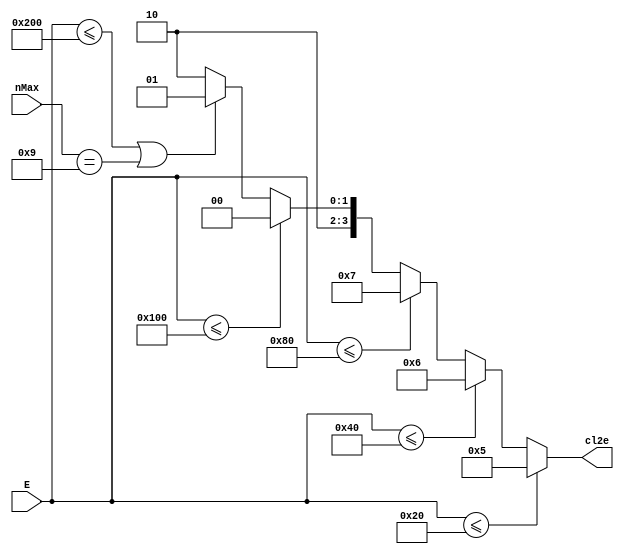
// -------------------------------------------------------------
// 
// 
// Generated by MATLAB 9.8 and HDL Coder 3.16
// 
// -------------------------------------------------------------


// -------------------------------------------------------------
// 
// Module: ceilLog2E
// Source Path: NRPolarEncodeHDL/HDL Algorithm/NR Polar Encoder/configure/order/ceilLog2E
// Hierarchy Level: 4
// 
// -------------------------------------------------------------

`timescale 1 ns / 1 ns

module ceilLog2E
          (E,
           nMax,
           cl2e);


  input   [16:0] E;  // ufix17
  input   [3:0] nMax;  // ufix4
  output  [3:0] cl2e;  // ufix4


  reg [3:0] cl2e_1;  // ufix4


  always @(E, nMax) begin
    if (E <= 17'b00000000000100000) begin
      //anything less than 5 will be set to 5 later
      cl2e_1 = 4'b0101;
    end
    else if (E <= 17'b00000000001000000) begin
      cl2e_1 = 4'b0110;
    end
    else if (E <= 17'b00000000010000000) begin
      cl2e_1 = 4'b0111;
    end
    else if (E <= 17'b00000000100000000) begin
      cl2e_1 = 4'b1000;
    end
    else if ((E <= 17'b00000001000000000) || (nMax == 4'b1001)) begin
      cl2e_1 = 4'b1001;
    end
    else begin
      //anything higher than 10 will be set to 10 later
      cl2e_1 = 4'b1010;
    end
  end



  assign cl2e = cl2e_1;

endmodule  // ceilLog2E